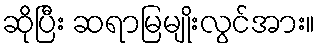
ဆိုပြီး ဆရာမြမျိုးလွင်အား။